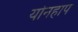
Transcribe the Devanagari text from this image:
योनहाप